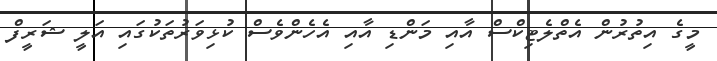
މީގެ އިތުރުން އެތްލެޓިކްސް އާއި މަންޑި އާއި އެހެންވެސް ކުޅިވަރުތަކުގައި އަލީ ޝަރީފް